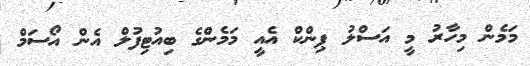
މަމެން މިހާރު މީ އަސްލު ޕިންކް އެއީ މަމެންގެ ބިއުޓިފުލް އެން އޯސަމް